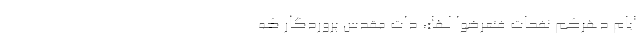
ایامِ دَهْرِکُمْ نَفَحاتٌ فَتَعَرَّضُوا لَها»، ذات مقدس پروردگار که